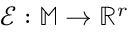
\mathcal { E } : \mathbb { M } \rightarrow \mathbb { R } ^ { r }